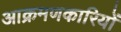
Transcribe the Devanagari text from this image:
आक्रमणकारियोंं